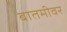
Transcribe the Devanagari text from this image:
बातमीवर